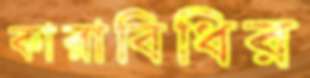
কারাবিধির